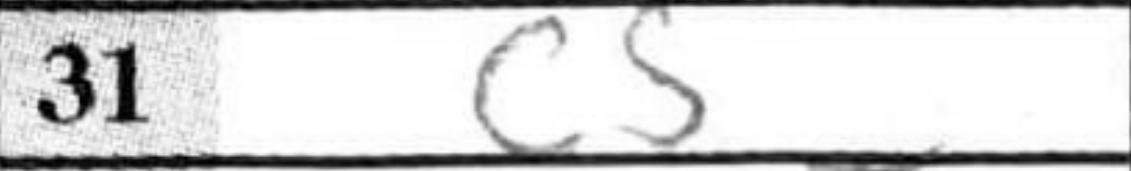
Transcription: c5